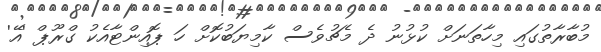
މުބާރާތުގައި މިހާތަނަށް ކުޅުނު ދެ މެޗުވެސް ކާމިޔަބުކޮށް ހަ ޕޮއިންޓާއެކު ގްރޫޕް 'އޭ'